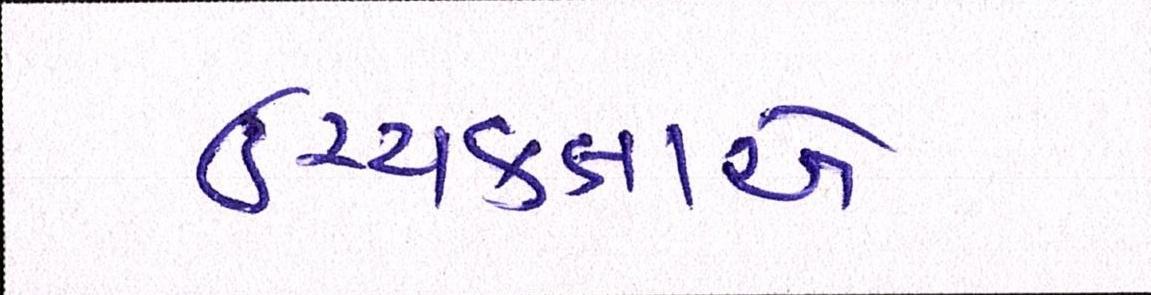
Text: ઉચ્ચકક્ષાએ